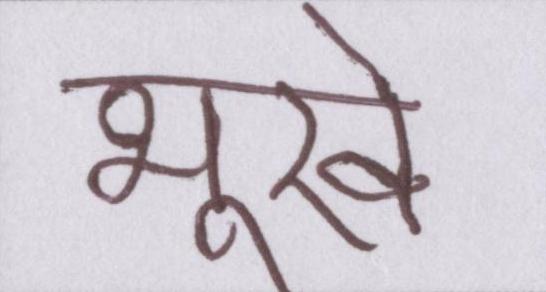
भूखे